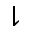
\downharpoonright